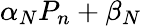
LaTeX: \alpha_{N}P_{n}+\beta_{N}